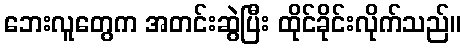
ဘေးလူတွေက အတင်းဆွဲပြီး ထိုင်ခိုင်းလိုက်သည်။